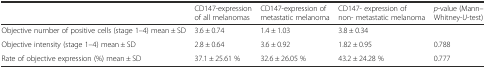
|  | CD147-expression of all melanomas | CD147-expression of metastatic melanoma | CD147- expression of non- metastatic melanoma | p-value (Mann–Whitney-U-test) |
 | --- | --- | --- | --- | --- |
 | Objective number of positive cells (stage 1–4) mean ± SD | 3.6 ± 0.74 | 1.4 ± 1.03 | 3.8 ± 0.34 |  |
 | Objective intensity (stage 1–4) mean ± SD | 2.8 ± 0.64 | 3.6 ± 0.92 | 1.82 ± 0.95 | 0.788 |
 | Rate of objective expression (%) mean ± SD | 37.1 ± 25.61 % | 32.6 ± 26.05 % | 43.2 ± 24.28 % | 0.777 |